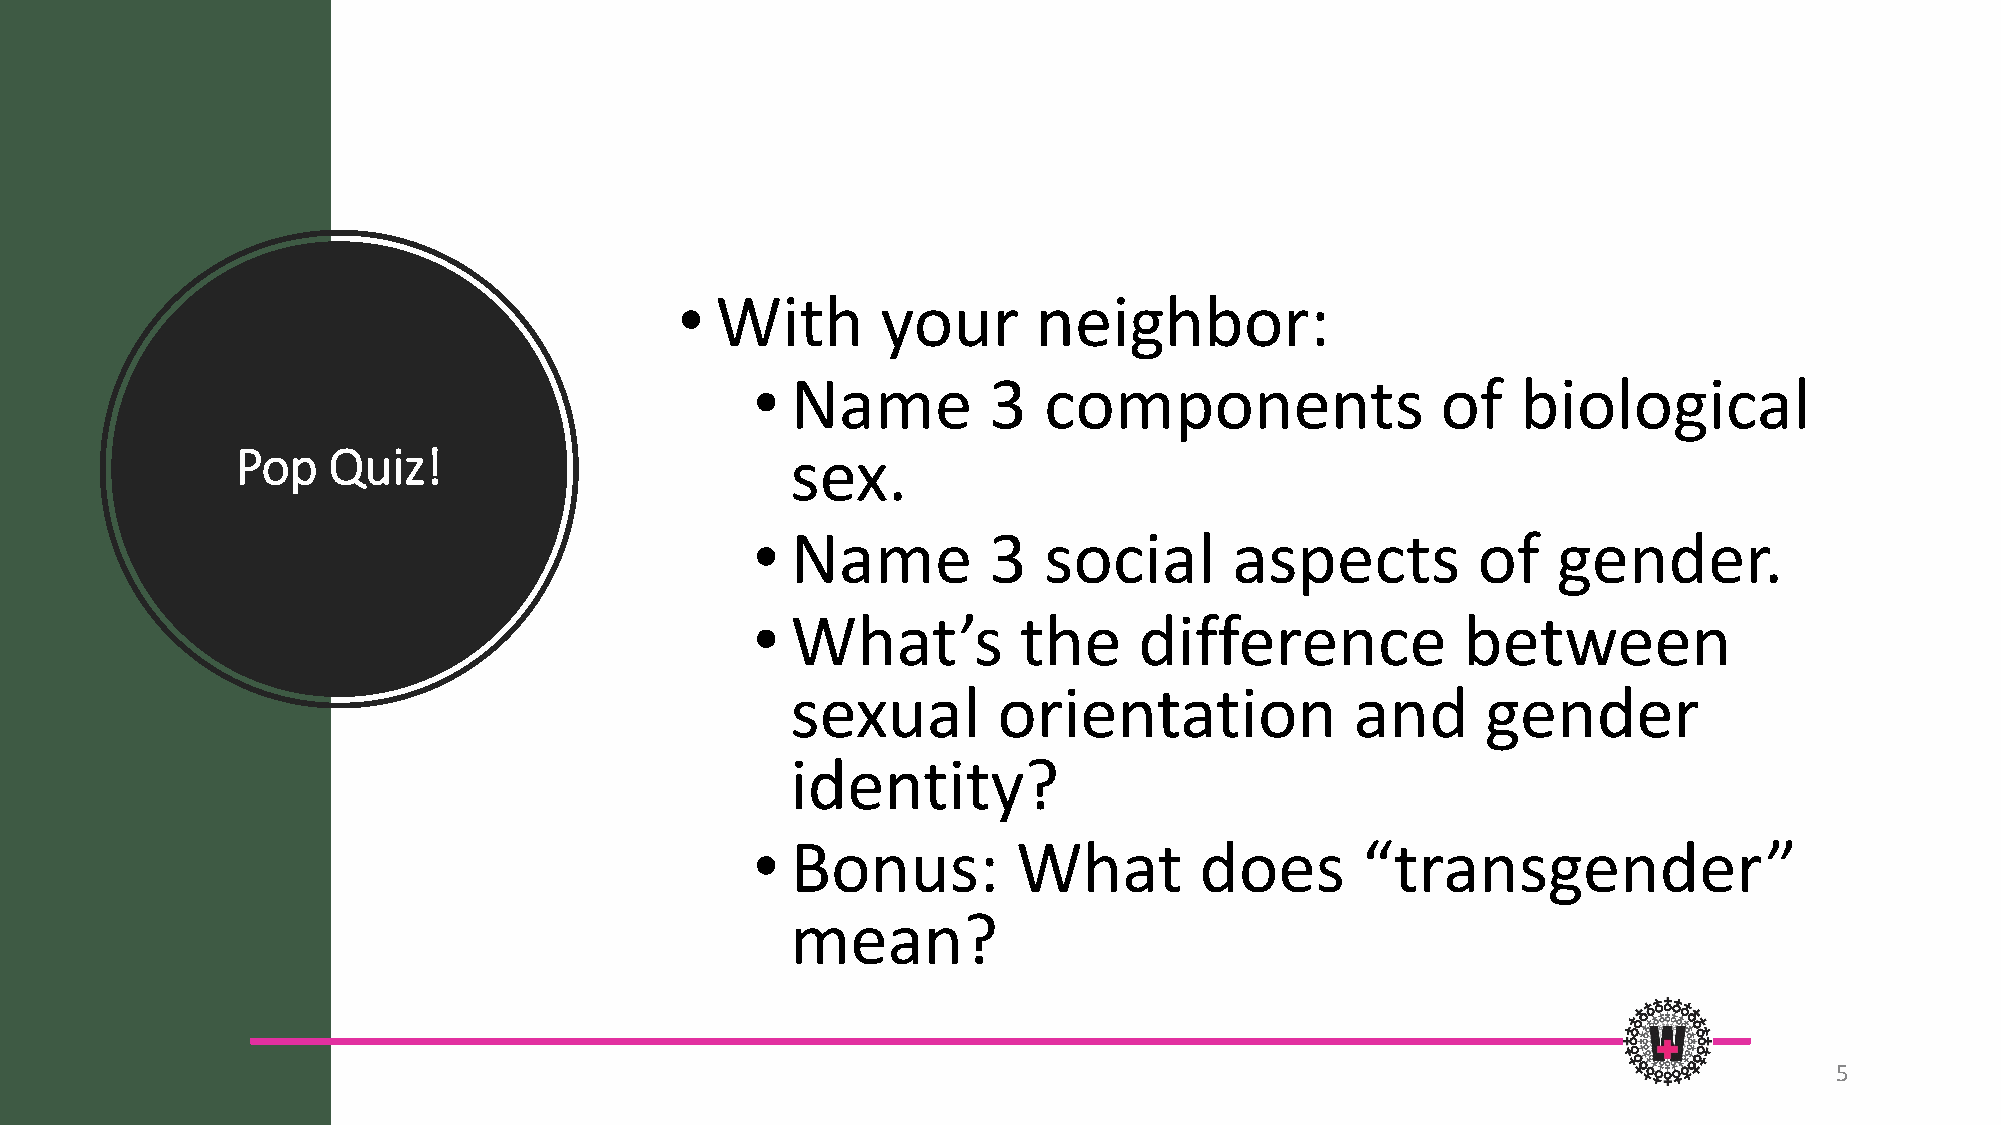
• With       your       neighbor:
 • Name         3   components                of    biological
 Pop   Quiz!                         sex.
 • Name         3   social       aspects         of   gender.
 • What’s         the     difference            between
 sexual        orientation             and     gender
 identity?
 • Bonus:         What        does       “transgender”
 mean?
 5